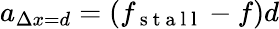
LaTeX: a_{\Delta x=d}=\left(f_{\mathrm{~s~t~a~l~l~}}-f\right)d